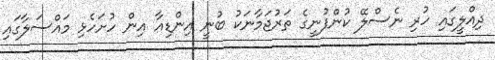
ދިއްލީގައި ހުރި ނެސްލޭ ކުންފުނީގެ ތަރުޖަމާނަކު ބުނީ އިންޑިއާ އިން ހުށަހެޅި މައްސަލާގައި